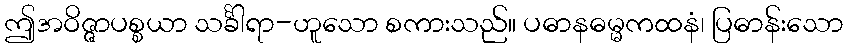
ဤအဝိဇ္ဇာပစ္စယာ သင်္ခါရာ-ဟူသော စကားသည်။ ပဓာနဓမ္မကထနံ၊ ပြဓာန်းသော